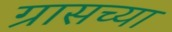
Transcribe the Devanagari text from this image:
ग्रासच्या